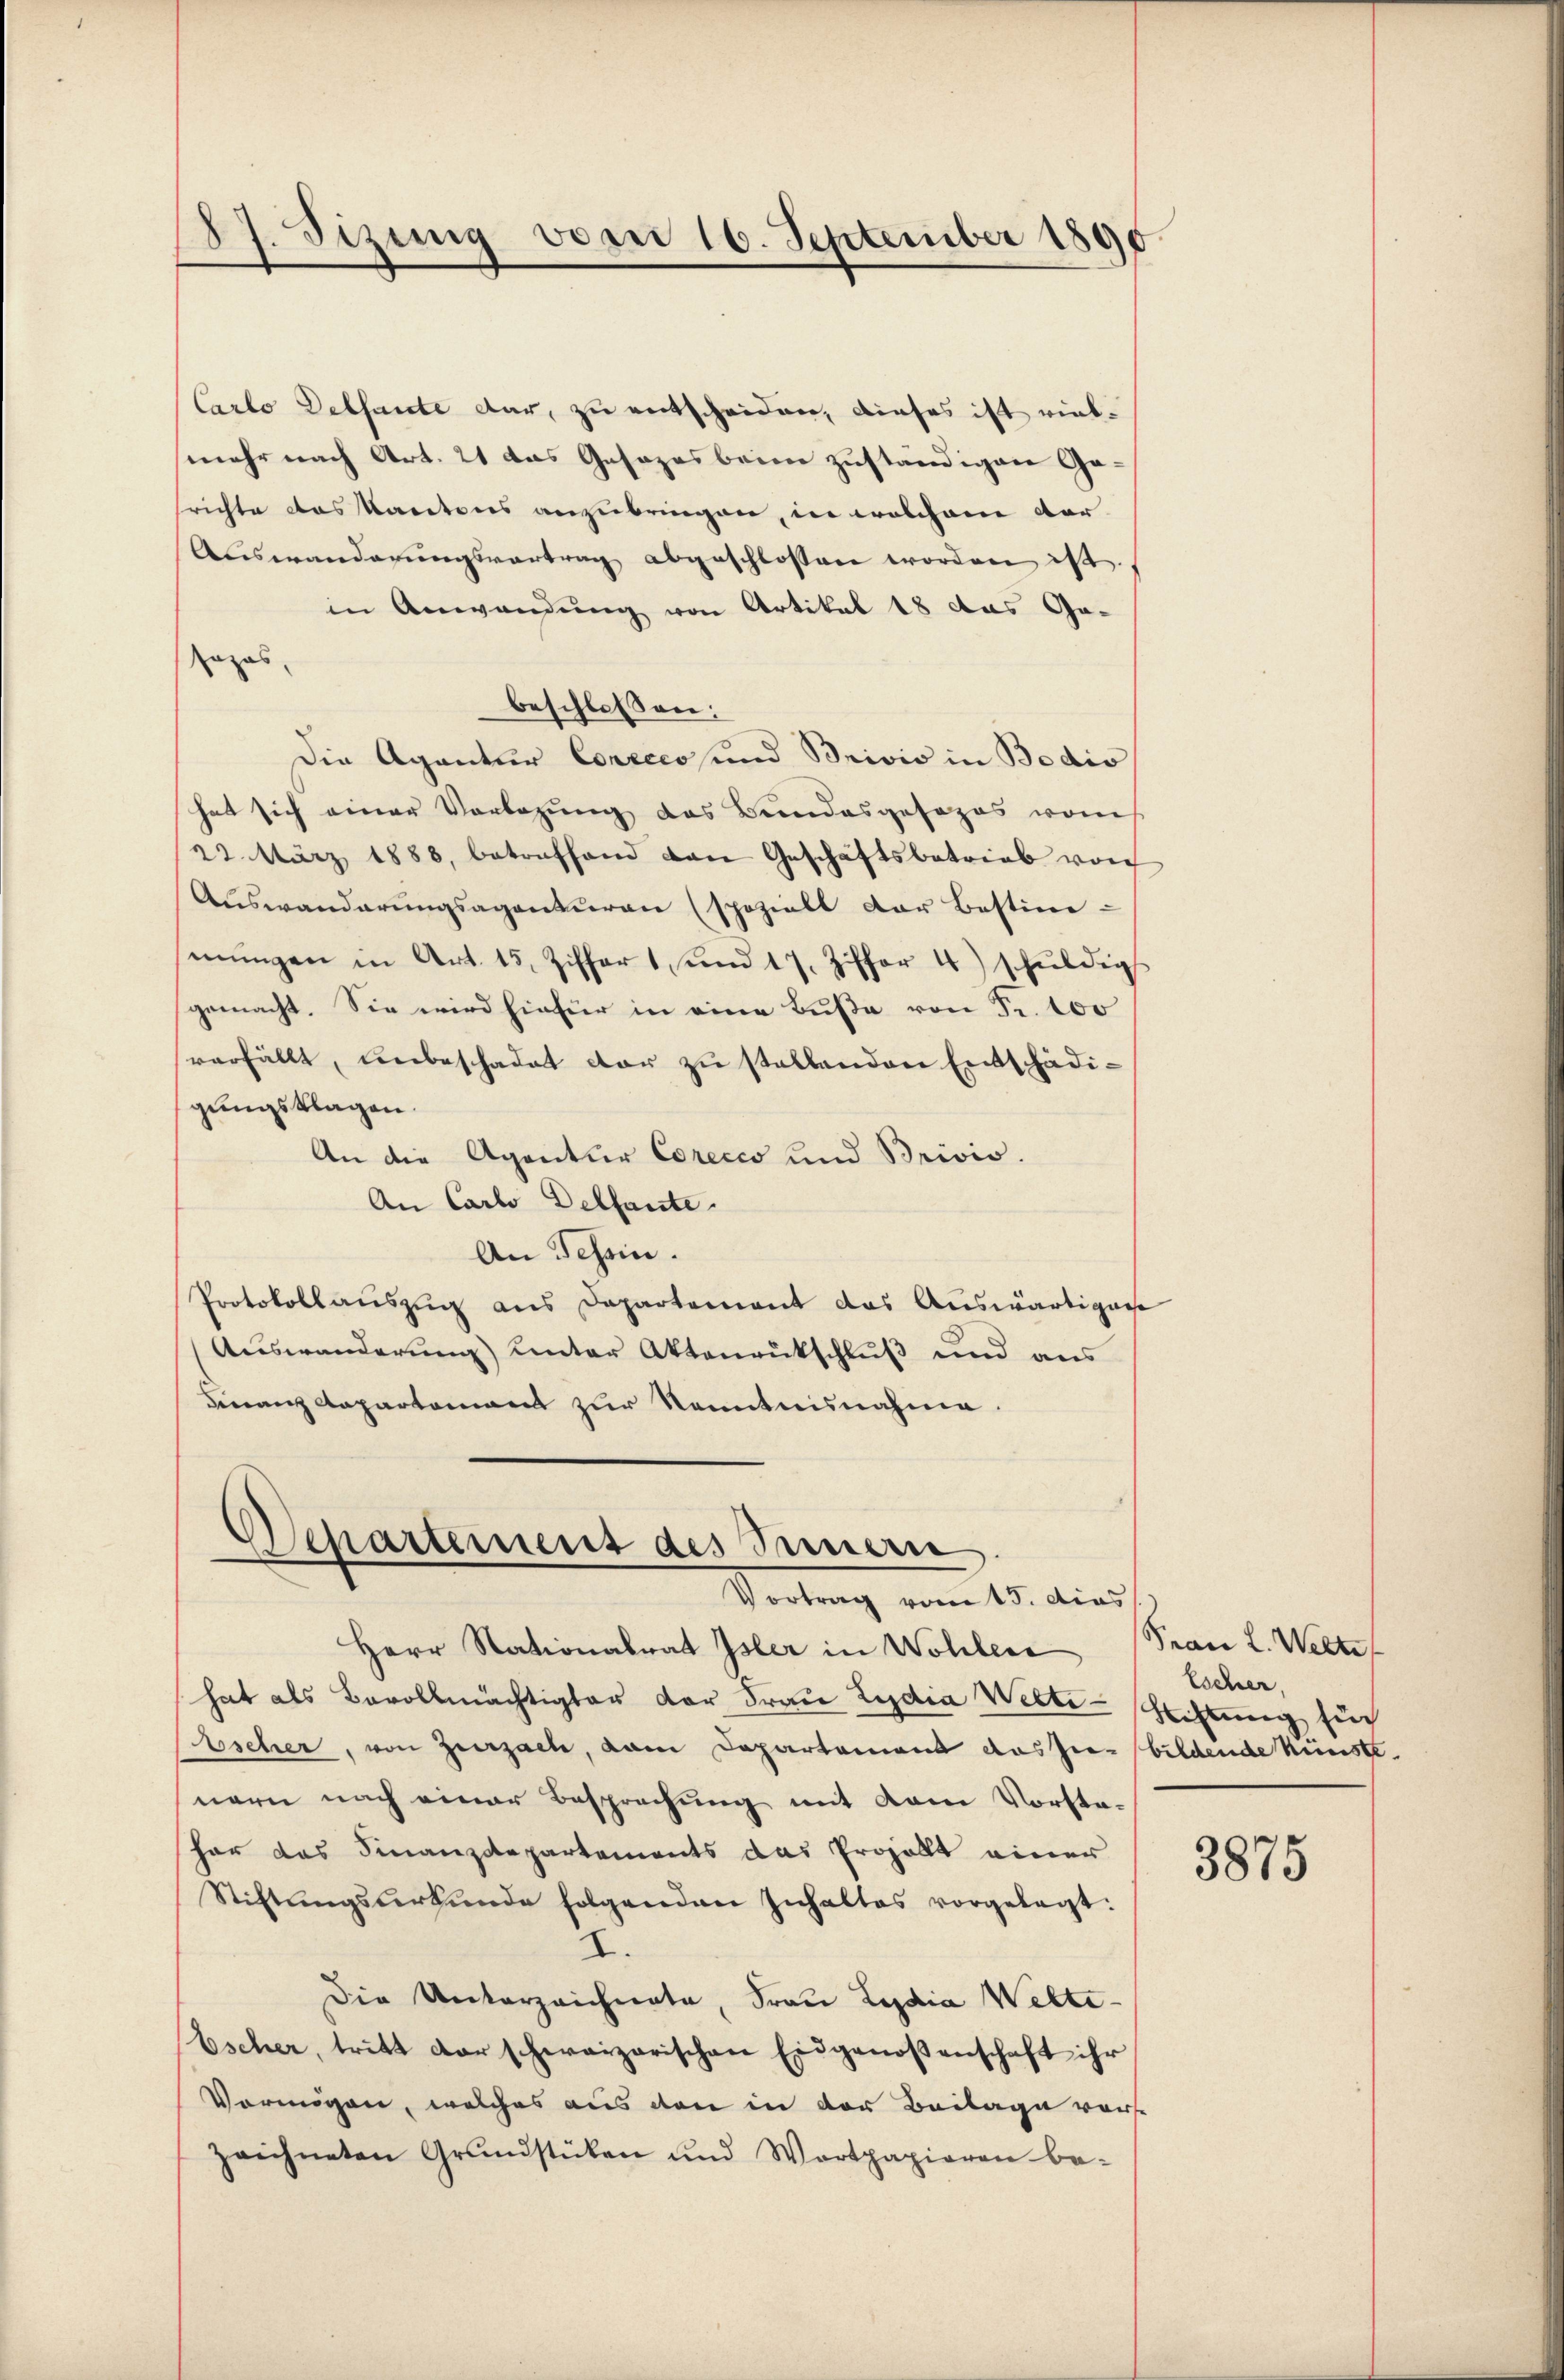
87. Sizung vom 16. September 1890

Carlo Dessante dar, zu entscheiden, dieses ist viel-
mehr nach Art. 21 das Gesezes beim zuständigen Ge-
richte das Kantons anzubringen, in welchem dor
Auswanderŭngsvertrag abgeschlossen worden ist.
in Anwendung von Artikel 18 das Ge-
azas
beschlossen:
Die Agentur Conzecosund Brivio in Bedio
hat sich einer Vorlegung des Bundesgesezes vom
22. März 1888, betreffend von Geschäftsbetrieb von
Auswanderŭngsagenturen (spoziell der Bestim-
mŭngen in Art. 15, Ziffer 1 und 17. Ziffer 4) schŭldigs
gemacht. Sie wird hiefür in eine Buße von Fr. 100
verfällt, unbeschadet dar zu stellenden Entschädigungsklagen.
An die Agentur Coreces und Brivis.
An Carlo Delfante.
An Tessin.
Protokollauszug aus Departement das Auswärtigasse
Auswanderung) unter Aktenrückschluß und aus
Franz Anpartement zur Kenntnisnahme.

Departement des Innern
Vortrag vom 15. dies

Herr Stationalrat Isler in Wohler (Frau L. Welte
hat als Bevollmächtigter der Frau Lydia Welti-Stiftung sich
bscher, von Herzalle, vom Departement das sie bildende Künstenern nach einer Besprechung mit dem Vorstahar das Finanzdepartements das Prozollt einer
Stiftungsurkunde folgenden Inhaltes vorgelegt:
I.
die Unterzeichnete, Frau Lydia Welte¬
Escher, tritt der schweizerischen Eidgenoßenschaft ihr
Vermögen, welches aus den in der Beilage vors
zeichneten Grŭndstücken und Wartpapieren be-

Escher,

3875